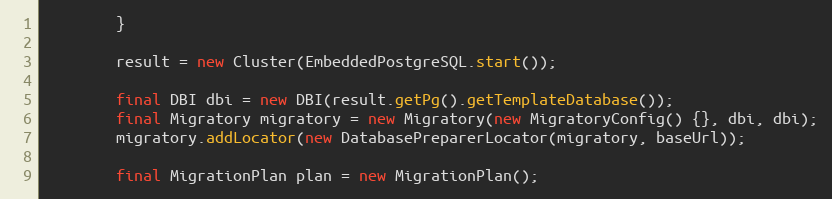
Language: Java
        }

        result = new Cluster(EmbeddedPostgreSQL.start());

        final DBI dbi = new DBI(result.getPg().getTemplateDatabase());
        final Migratory migratory = new Migratory(new MigratoryConfig() {}, dbi, dbi);
        migratory.addLocator(new DatabasePreparerLocator(migratory, baseUrl));

        final MigrationPlan plan = new MigrationPlan();